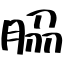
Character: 𦚰